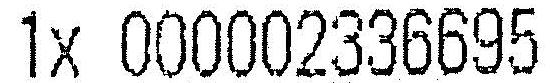
1X 000002336695